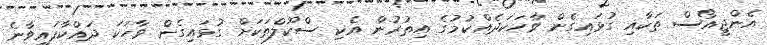
އެންޖީއޯސް ތަކާއި ގުޅައިގެން ވާހަކަދެއްކުމުގެ އިތުރުން އެކި ސްކޫލްތަކަށް ގުޅައިގެން ވާހަކަ ދައްކާފައިވާނެ